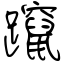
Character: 躥